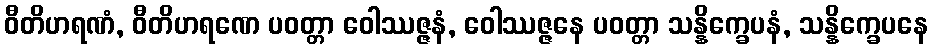
ဝီတိဟရဏံ, ဝီတိဟရဏေ ပဝတ္တာ ဝေါဿဇ္ဇနံ, ဝေါဿဇ္ဇနေ ပဝတ္တာ သန္နိက္ခေပနံ, သန္နိက္ခေပနေ